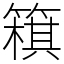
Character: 簯